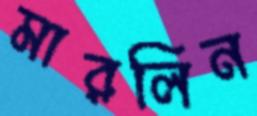
মারলিন